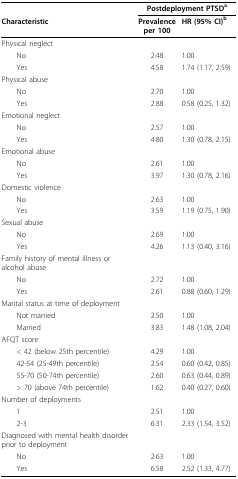
<table><thead><tr><td></td><td colspan="2"><b>Postdeployment PTSD<sup>a</sup></b></td></tr><tr><td><b>Characteristic</b></td><td><b>Prevalenceper 100</b></td><td><b>HR (95% CI)<sup>b</sup></b></td></tr></thead><tbody><tr><td>Physical neglect</td><td></td><td></td></tr><tr><td> No</td><td>2.48</td><td>1.00</td></tr><tr><td> Yes</td><td>4.58</td><td>1.74 (1.17, 2.59)</td></tr><tr><td>Physical abuse</td><td></td><td></td></tr><tr><td> No</td><td>2.70</td><td>1.00</td></tr><tr><td> Yes</td><td>2.88</td><td>0.58 (0.25, 1.32)</td></tr><tr><td>Emotional neglect</td><td></td><td></td></tr><tr><td> No</td><td>2.57</td><td>1.00</td></tr><tr><td> Yes</td><td>4.80</td><td>1.30 (0.78, 2.15)</td></tr><tr><td>Emotional abuse</td><td></td><td></td></tr><tr><td> No</td><td>2.61</td><td>1.00</td></tr><tr><td> Yes</td><td>3.97</td><td>1.30 (0.78, 2.16)</td></tr><tr><td>Domestic violence</td><td></td><td></td></tr><tr><td> No</td><td>2.63</td><td>1.00</td></tr><tr><td> Yes</td><td>3.59</td><td>1.19 (0.75, 1.90)</td></tr><tr><td>Sexual abuse</td><td></td><td></td></tr><tr><td> No</td><td>2.69</td><td>1.00</td></tr><tr><td> Yes</td><td>4.26</td><td>1.13 (0.40, 3.16)</td></tr><tr><td>Family history of mental illness or alcohol abuse</td><td></td><td></td></tr><tr><td> No</td><td>2.72</td><td>1.00</td></tr><tr><td> Yes</td><td>2.61</td><td>0.88 (0.60, 1.29)</td></tr><tr><td>Marital status at time of deployment</td><td></td><td></td></tr><tr><td> Not married</td><td>2.50</td><td>1.00</td></tr><tr><td> Married</td><td>3.83</td><td>1.48 (1.08, 2.04)</td></tr><tr><td>AFQT score</td><td></td><td></td></tr><tr><td> &lt; 42 (below 25th percentile)</td><td>4.29</td><td>1.00</td></tr><tr><td> 42-54 (25-49th percentile)</td><td>2.54</td><td>0.60 (0.42, 0.85)</td></tr><tr><td> 55-70 (50-74th percentile)</td><td>2.60</td><td>0.63 (0.44, 0.89)</td></tr><tr><td> &gt; 70 (above 74th percentile)</td><td>1.62</td><td>0.40 (0.27, 0.60)</td></tr><tr><td>Number of deployments</td><td></td><td></td></tr><tr><td> 1</td><td>2.51</td><td>1.00</td></tr><tr><td> 2-3</td><td>6.31</td><td>2.33 (1.54, 3.52)</td></tr><tr><td>Diagnosed with mental health disorder prior to deployment</td><td></td><td></td></tr><tr><td> No</td><td>2.63</td><td>1.00</td></tr><tr><td> Yes</td><td>6.58</td><td>2.52 (1.33, 4.77)</td></tr></tbody></table>